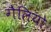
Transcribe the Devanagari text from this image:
गैलियो